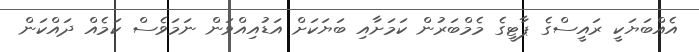
އެއްބަޔަކީ ރައީސްގެ ޕާޓީގެ މެމްބަރުން ކަމަށާއި ބަޔަކަށް އަޑުއިއްވަން ނަމަވެސް ކަމެއް ދައްކަން